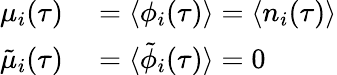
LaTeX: \begin{array}{rl}{\mu_{i}(\tau)}&{{}=\langle\phi_{i}(\tau)\rangle=\langle n_{i}(\tau)\rangle}\\ {\tilde{\mu}_{i}(\tau)}&{{}=\langle\tilde{\phi}_{i}(\tau)\rangle=0}\end{array}